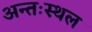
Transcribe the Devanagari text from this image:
अन्तःस्थल